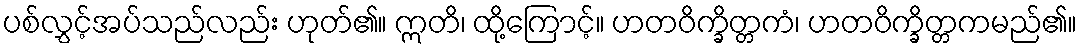
ပစ်လွှင့်အပ်သည်လည်း ဟုတ်၏။ ဣတိ၊ ထို့ကြောင့်။ ဟတဝိက္ခိတ္တကံ၊ ဟတဝိက္ခိတ္တကမည်၏။